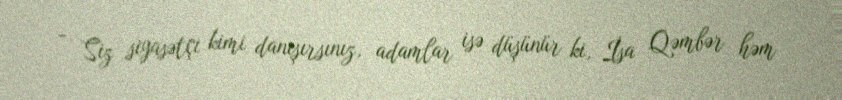
- Siz siyasətçi kimi danışırsınız, adamlar isə düşünür ki, İsa Qəmbər həm